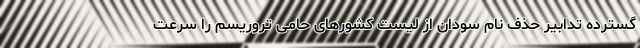
گسترده تدابیر حذف نام سودان از لیست کشورهای حامی تروریسم را سرعت